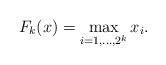
LaTeX: \begin{align*}F_k(x) = \max_{i=1,\ldots, 2^k} x_i.\end{align*}